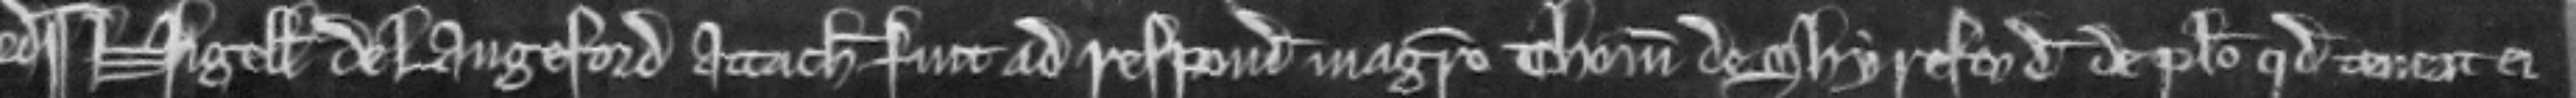
Nigellus de Langeford attachiatus fuit ad respondendum Magistro Thome de Shyreford de placito quod teneat ei